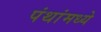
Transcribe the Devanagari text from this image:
पंथांमध्ये